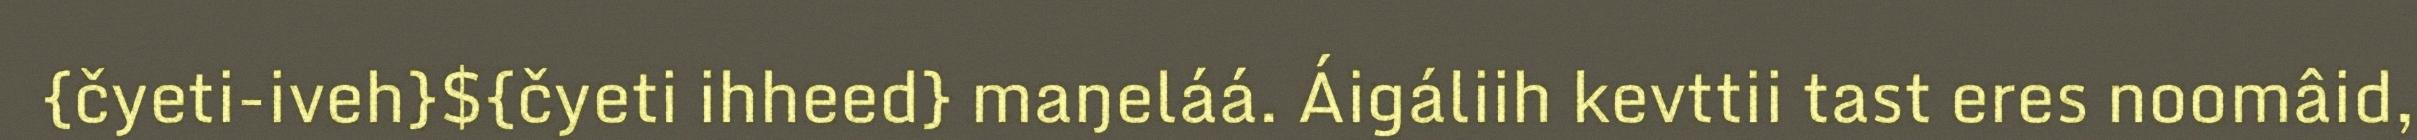
{čyeti-iveh}${čyeti ihheed} maŋeláá. Áigáliih kevttii tast eres noomâid,